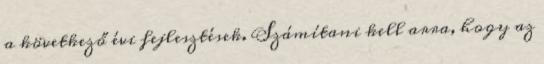
a következő évi fejlesztések. Számítani kell arra, hogy az